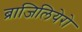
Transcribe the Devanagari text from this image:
ब्राजिलियेरो